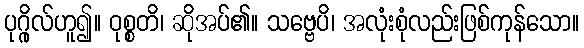
ပုဂ္ဂိုလ်ဟူ၍။ ဝုစ္စတိ၊ ဆိုအပ်၏။ သဗ္ဗေပိ၊ အလုံးစုံလည်းဖြစ်ကုန်သော။